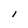
Character: I